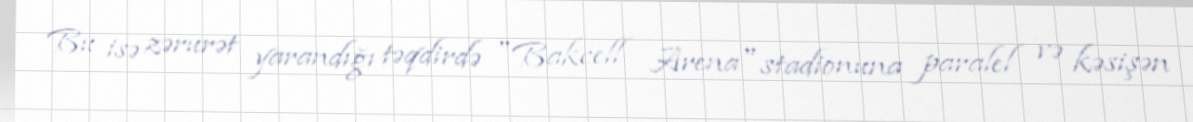
Bu isə zərurət yarandığı təqdirdə "Bakcell Arena" stadionuna paralel və kəsişən